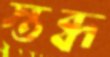
স্তব্ধ